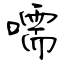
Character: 嚅